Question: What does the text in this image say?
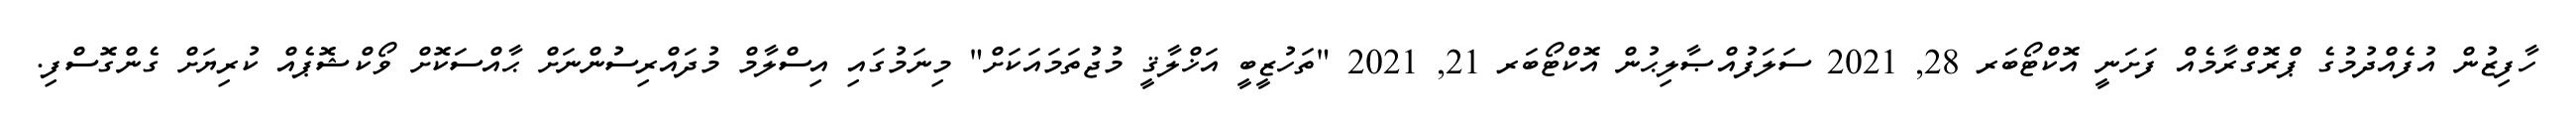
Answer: ހާފިޒުން އުފެއްދުމުގެ ޕްރޮގްރާމެއް ފަށަނީ އޮކްޓޯބަރ 28, 2021 ސަލަފުއްޞާލިޙުން އޮކްޓޯބަރ 21, 2021 "ތަހުޒީބީ އަޚްލާޤީ މުޖުތަމައަކަށް" މިނަމުގައި އިސްލާމް މުދައްރިސުންނަށް ޙާއްސަކޮށް ވޯކްޝޮޕެއް ކުރިޔަށް ގެންގޮސްފި.